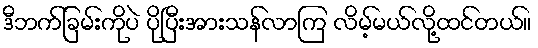
ဒီဘက်ခြမ်းကိုပဲ ပိုပြီးအားသန်လာကြ လိမ့်မယ်လို့ထင်တယ်။